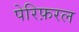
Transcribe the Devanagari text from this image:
पेरिफ़रल